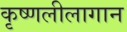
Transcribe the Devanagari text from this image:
कृष्णलीलागान